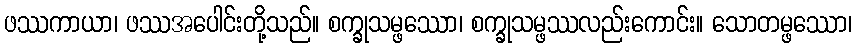
ဖဿကာယာ၊ ဖဿအပေါင်းတို့သည်။ စက္ခုသမ္ဖဿော၊ စက္ခုသမ္ဖဿလည်းကောင်း။ သောတမ္ဖဿော၊